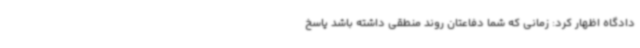
دادگاه اظهار کرد: زمانی که شما دفاعتان روند منطقی داشته باشد پاسخ